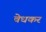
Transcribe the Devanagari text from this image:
वेधकर